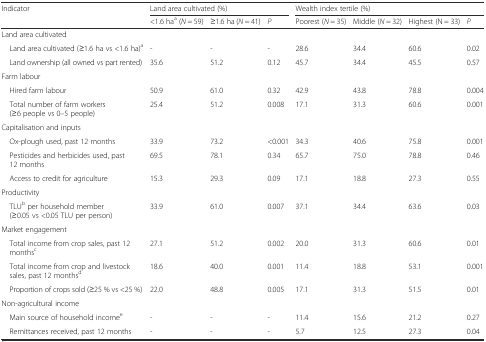
<table><thead><tr><td rowspan="2"><b>Indicator</b></td><td colspan="3"><b>Land area cultivated (%)</b></td><td colspan="4"><b>Wealth index tertile (%)</b></td></tr><tr><td><b>&lt;1.6 ha<sup>a</sup> (<i>N</i> = 59)</b></td><td><b>≥1.6 ha (<i>N</i> = 41)</b></td><td><b><i>P</i></b></td><td><b>Poorest (<i>N</i> = 35)</b></td><td><b>Middle (<i>N</i> = 32)</b></td><td><b>Highest (N = 33)</b></td><td><b><i>P</i></b></td></tr></thead><tbody><tr><td colspan="8">Land area cultivated</td></tr><tr><td> Land area cultivated (≥1.6 ha vs &lt;1.6 ha)<sup>a</sup></td><td>-</td><td>-</td><td>-</td><td>28.6</td><td>34.4</td><td>60.6</td><td>0.02</td></tr><tr><td> Land ownership (all owned vs part rented)</td><td>35.6</td><td>51.2</td><td>0.12</td><td>45.7</td><td>34.4</td><td>45.5</td><td>0.57</td></tr><tr><td colspan="8">Farm labour</td></tr><tr><td> Hired farm labour</td><td>50.9</td><td>61.0</td><td>0.32</td><td>42.9</td><td>43.8</td><td>78.8</td><td>0.004</td></tr><tr><td> Total number of farm workers (≥6 people vs 0–5 people)</td><td>25.4</td><td>51.2</td><td>0.008</td><td>17.1</td><td>31.3</td><td>60.6</td><td>0.001</td></tr><tr><td colspan="8">Capitalisation and inputs</td></tr><tr><td> Ox-plough used, past 12 months</td><td>33.9</td><td>73.2</td><td>&lt;0.001</td><td>34.3</td><td>40.6</td><td>75.8</td><td>0.001</td></tr><tr><td> Pesticides and herbicides used, past 12 months</td><td>69.5</td><td>78.1</td><td>0.34</td><td>65.7</td><td>75.0</td><td>78.8</td><td>0.46</td></tr><tr><td> Access to credit for agriculture</td><td>15.3</td><td>29.3</td><td>0.09</td><td>17.1</td><td>18.8</td><td>27.3</td><td>0.55</td></tr><tr><td>Productivity</td><td></td><td></td><td></td><td colspan="4"></td></tr><tr><td> TLU<sup>b</sup> per household member (≥0.05 vs &lt;0.05 TLU per person)</td><td>33.9</td><td>61.0</td><td>0.007</td><td>37.1</td><td>34.4</td><td>63.6</td><td>0.03</td></tr><tr><td colspan="8">Market engagement</td></tr><tr><td> Total income from crop sales, past 12 months<sup>c</sup></td><td>27.1</td><td>51.2</td><td>0.002</td><td>20.0</td><td>31.3</td><td>60.6</td><td>0.01</td></tr><tr><td> Total income from crop and livestock sales, past 12 months<sup>d</sup></td><td>18.6</td><td>40.0</td><td>0.001</td><td>11.4</td><td>18.8</td><td>53.1</td><td>0.001</td></tr><tr><td> Proportion of crops sold (≥25 % vs &lt;25 %)</td><td>22.0</td><td>48.8</td><td>0.005</td><td>17.1</td><td>31.3</td><td>51.5</td><td>0.01</td></tr><tr><td colspan="8">Non-agricultural income</td></tr><tr><td> Main source of household income<sup>e</sup></td><td>-</td><td>-</td><td>-</td><td>11.4</td><td>15.6</td><td>21.2</td><td>0.27</td></tr><tr><td> Remittances received, past 12 months</td><td>-</td><td>-</td><td>-</td><td>5.7</td><td>12.5</td><td>27.3</td><td>0.04</td></tr></tbody></table>